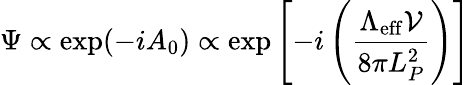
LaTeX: \Psi\propto\exp(-iA_{0})\propto\exp\left[-i\left({\frac{\Lambda_{\mathrm{eff}}{\mathcal V}}{8\pi L_{P}^{2}}}\right)\right]